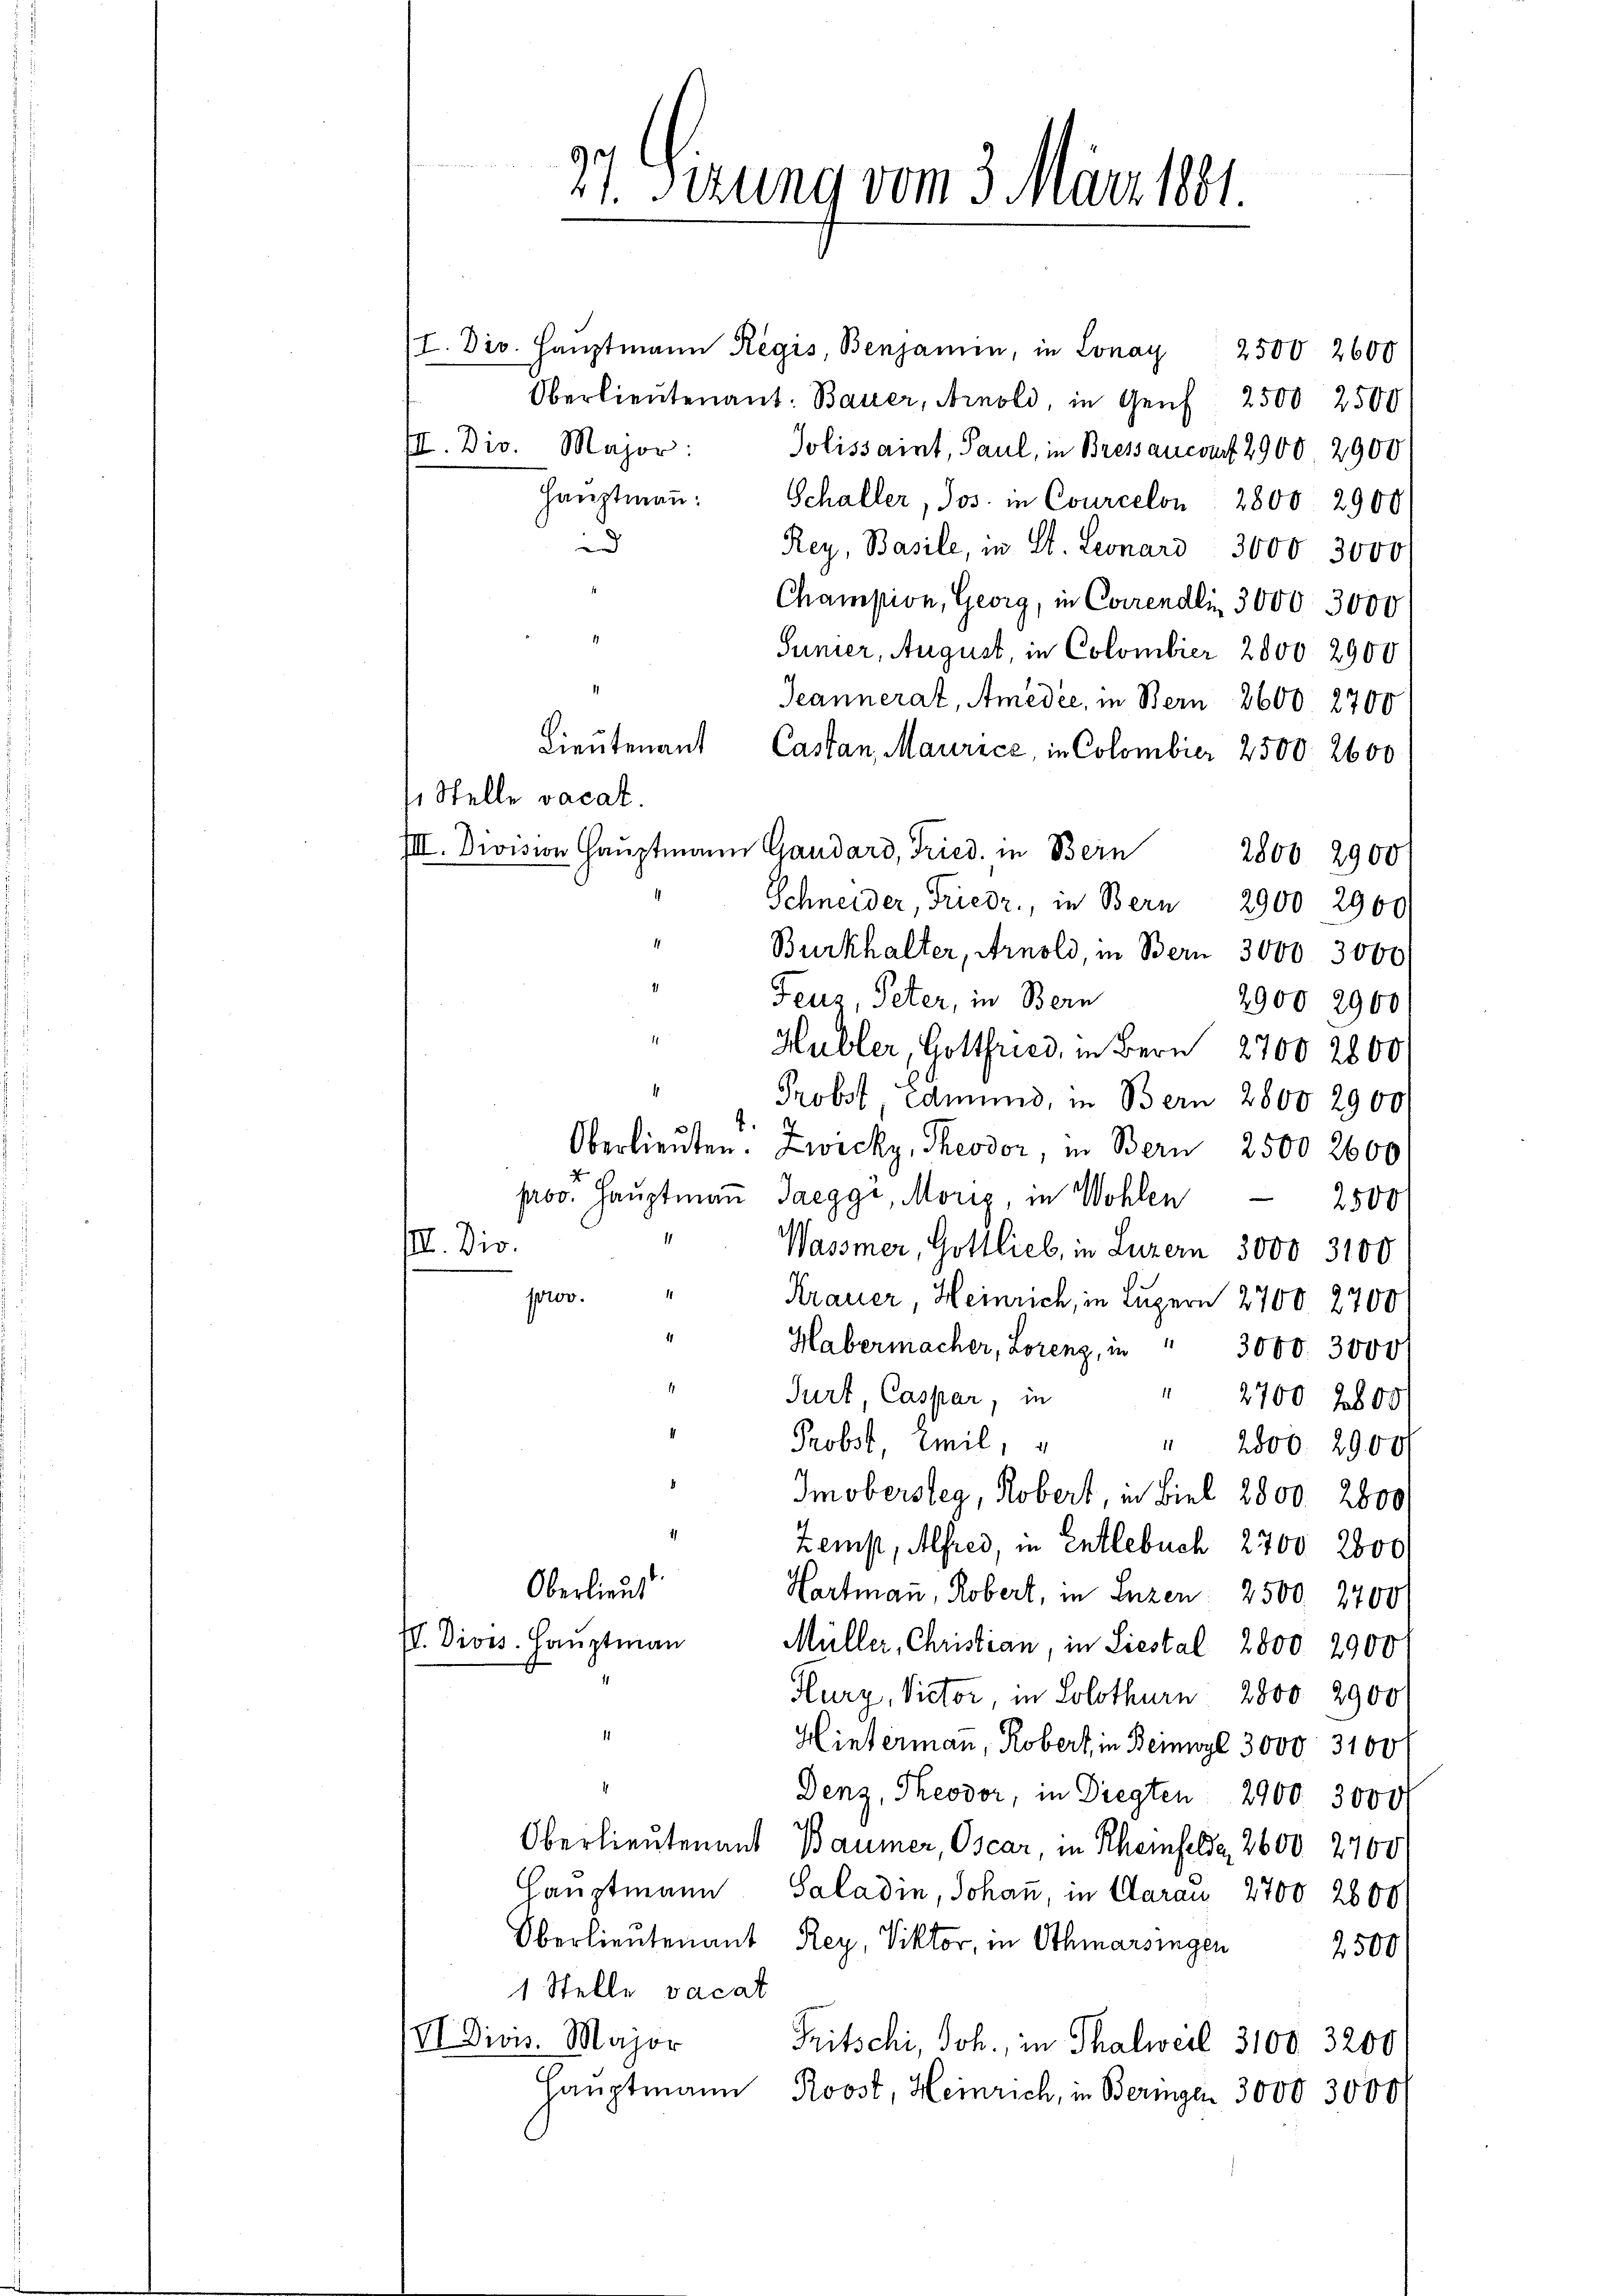
37. Sizung vom 3. März 1881.

/I. Dir. Hauptmann Regis Benjamin, in Lonay 2500 2600
Oberlieutenant: Bauer, Arnold, in Genf 2500 2500
III. Dio. Major: Jolissaint, Paul, in Bressancourt 2900 2900
Haŭptmaṅ Schaller, Jos. in Courcelon 2800. 2900
d
Rey, Basile, in St. Leonard 3000. 3000
Champion, Georg, in Correndlin 3000 3000
Sunier, August, in Colombier 2800 2900
Jeannerat, Amedée, in Bern 2600 2700
Lieutenant Castan, Maurice, in Colombier 2500. 2600
 Stelle vacat.
IIII. Division Haŭptmann Gaudard, Fried. in Bern 2800 2900
Schneider, Friedr., in Bern 2900 2900
Burkhalter, Arnold, in Bern 3000. 3000
Feuz, Peter, in Bern
2900 2900
Hubler, Gottfried, in Bern 2700 2800
Probst, edmund, in Bern 2800 2900
4.
Oberlieuten. Zwicky, Theodor, in Bern 2500 2600
prov. Hauptmaṅ Jaeggi, Morig, in Wohlen 2500
III. Dio.
Wassmer, Gottlieb, in Luzern 3000 3100
p00.
Krauer, Heinrich, in Luzern 2700. 2700
Habermacher, Lorenz, in " 3000. 3000
Jurt Caspar, in
" 2700 2800
Probst, Emil,
" 2000. 2900/
Im obersteg, Robert, in Biel 2500. 2800
Zemp, Alfred, in Entlebuch 2700 2800
Oberlieut
Hartmann, Robert, in Luzen 2500. 2400
II. Divis. Hauptmann
Müller, Christian, in Liestal 2800 2900
Hury, Victor, in Solothurn 2800 2900
Hintermann, Robert, in Beinwyl 3000. 3100
Denz, Theodor, in Diegten 2900. 3000
Oberlieutenant Baumer, Oscar in Rheinfelde, 2600. 2700
Hauptmann
Saladin, Johann, in Clarau 2700 2800)
Oberlieutenant Rey, Viktor, in Othmarsingen
2500
1 Stelle vacat
XI Dion. Major
Tritschi, Joh., in Thalweil 3100. 3200
Hauptmann
Roost, Heinrich, in Beringen 3000 3000